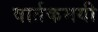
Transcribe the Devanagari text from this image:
वार्तकमयी